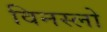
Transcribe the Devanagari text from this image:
विनस्‍लो